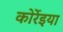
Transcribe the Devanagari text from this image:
कोर्रेइया